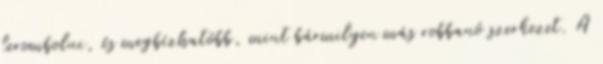
lerombolni, és megbízhatóbb, mint bármilyen más robbanó szerkezet. A